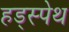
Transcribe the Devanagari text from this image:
हड्स्पेथ